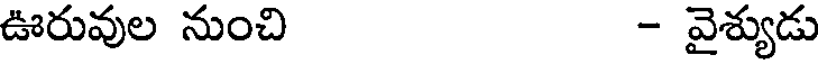
ఊరువుల నుంచి - వైశ్యుడు